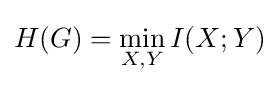
H(G)=\min _{X,Y}I(X;Y)